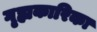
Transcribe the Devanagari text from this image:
गृह्यकारिका